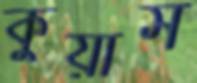
কুয়াস